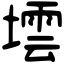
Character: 墵